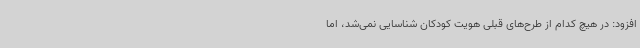
افزود: در هیچ کدام از طرح‌های قبلی هویت کودکان شناسایی نمی‌شد، اما